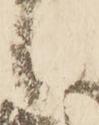
候